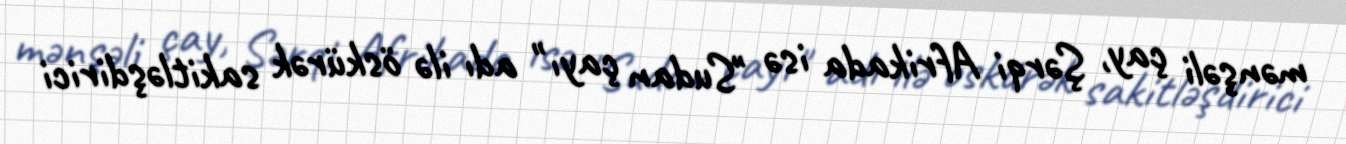
mənşəli çay, Şərqi Afrikada isə "Sudan çayı" adı ilə öskürək sakitləşdirici